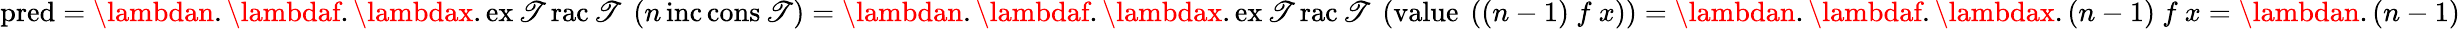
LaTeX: \operatorname{pred}=\lambdan.\lambdaf.\lambdax.\operatorname{ex\mathscr{T}rac\mathscr{T}}\ (n\operatorname{inc}\operatorname{cons\mathscr{T}})=\lambdan.\lambdaf.\lambdax.\operatorname{ex\mathscr{T}rac\mathscr{T}}\ (\operatorname{value}\ ((n-1)\ f\ x))=\lambdan.\lambdaf.\lambdax.(n-1)\ f\ x=\lambdan.(n-1)